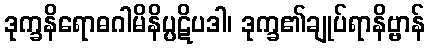
ဒုက္ခနိရောဓဂါမိနိပ္ပဋိပဒါ၊ ဒုက္ခ၏ချုပ်ရာနိဗ္ဗာန်